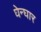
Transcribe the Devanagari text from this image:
घेन्घार